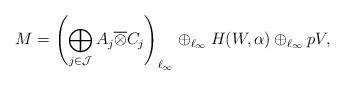
LaTeX: \begin{align*}M = \left(\bigoplus_{j\in \mathcal{J}} A_j \overline{\otimes} C_j \right)_{\ell_{\infty}}\oplus_{\ell_{\infty}} H(W,\alpha)\oplus_{\ell_{\infty}} pV,\end{align*}